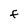
Character: F